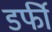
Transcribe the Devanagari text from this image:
डर्फी